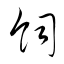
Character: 飼